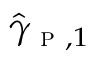
\hat { \gamma } _ { \textsc { p } , 1 }